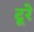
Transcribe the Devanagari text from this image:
टूरे